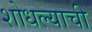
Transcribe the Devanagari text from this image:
शोधल्याची